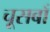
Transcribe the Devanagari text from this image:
चूसबाँ